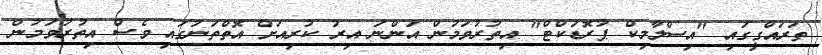
ތަރައްގީގައި "އިސްލާމިކް ޕުރޮޑަކްޓް" އިތުރުވަމުން އަންނަ އިރު ކުރިއަށް އޮތްތަނުގައި ވެސް އިތުރުވަމުން